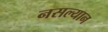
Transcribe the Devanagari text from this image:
नसल्यान